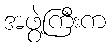
အဖွဲ့ကြီးက